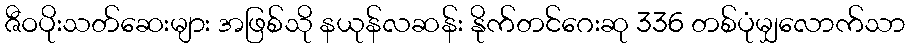
ဇီဝပိုးသတ်ဆေးများ အဖြစ်သို နယုန်လဆန်း နိုက်တင်ဂေးဆု 336 တစ်ပုံမျှလောက်သာ